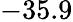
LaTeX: -35.9